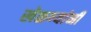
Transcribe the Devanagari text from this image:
खेळण्यांनी